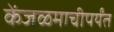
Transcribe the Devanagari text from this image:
केंजळमाचीपर्यंत